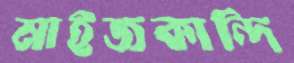
মাইজকান্দি